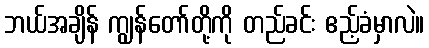
ဘယ်အချိန် ကျွန်တော်တို့ကို တည်ခင်း ဧည့်ခံမှာလဲ။